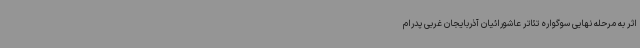
اثر به مرحله نهایی سوگواره تئاتر عاشورائیان آذربایجان غربی پدرام